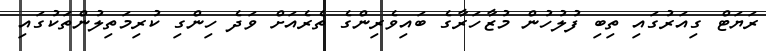
ރަޔަޓް ގިއަރުގައި ތިބި ފުލުހުން މުޒާހަރާގެ ބައިވެރިންގެ ތެރެއަށް ވަދެ ހިންގި ކުރިމަތިލުންތަކުގައި